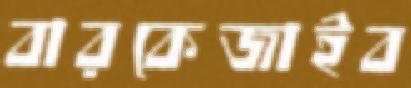
বারকেজাইব